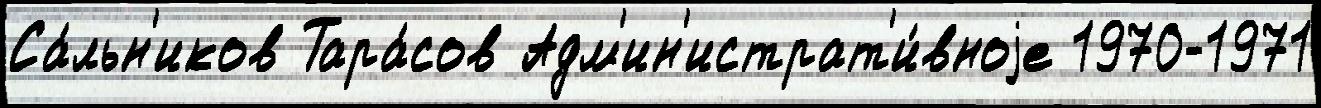
Са́льн'иков Тара́сов Адм'ин'истрат'и́вноjе 1970-1971